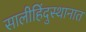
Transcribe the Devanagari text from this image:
सालीहिंदुस्थानात